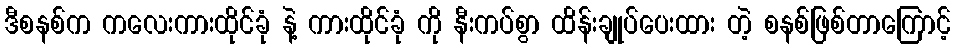
ဒီစနစ်က ကလေးကားထိုင်ခုံ နဲ့ ကားထိုင်ခုံ ကို နီးကပ်စွာ ထိန်းချုပ်ပေးထား တဲ့ စနစ်ဖြစ်တာကြောင့်